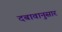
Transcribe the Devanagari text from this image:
दबावानुसार